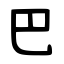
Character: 巴